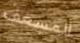
المسعف